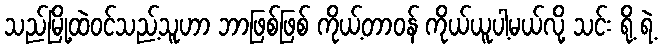
သည်မြို့ထဲဝင်သည့်သူဟာ ဘာဖြစ်ဖြစ် ကိုယ့်တာဝန် ကိုယ်ယူပါ့မယ်လို့ သင်း ရို့ ရဲ့